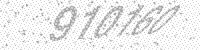
Solution: 910160